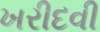
ખરીદવી